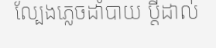
ល្បែងភ្លេចដាំបាយ ប្តីដាល់